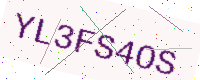
Text: YL3FS4OS